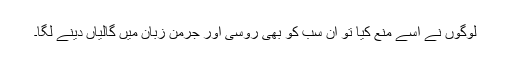
لوگوں نے اسے منع کیا تو ان سب کو بھی روسی اور جرمن زبان میں گالیاں دینے لگا۔